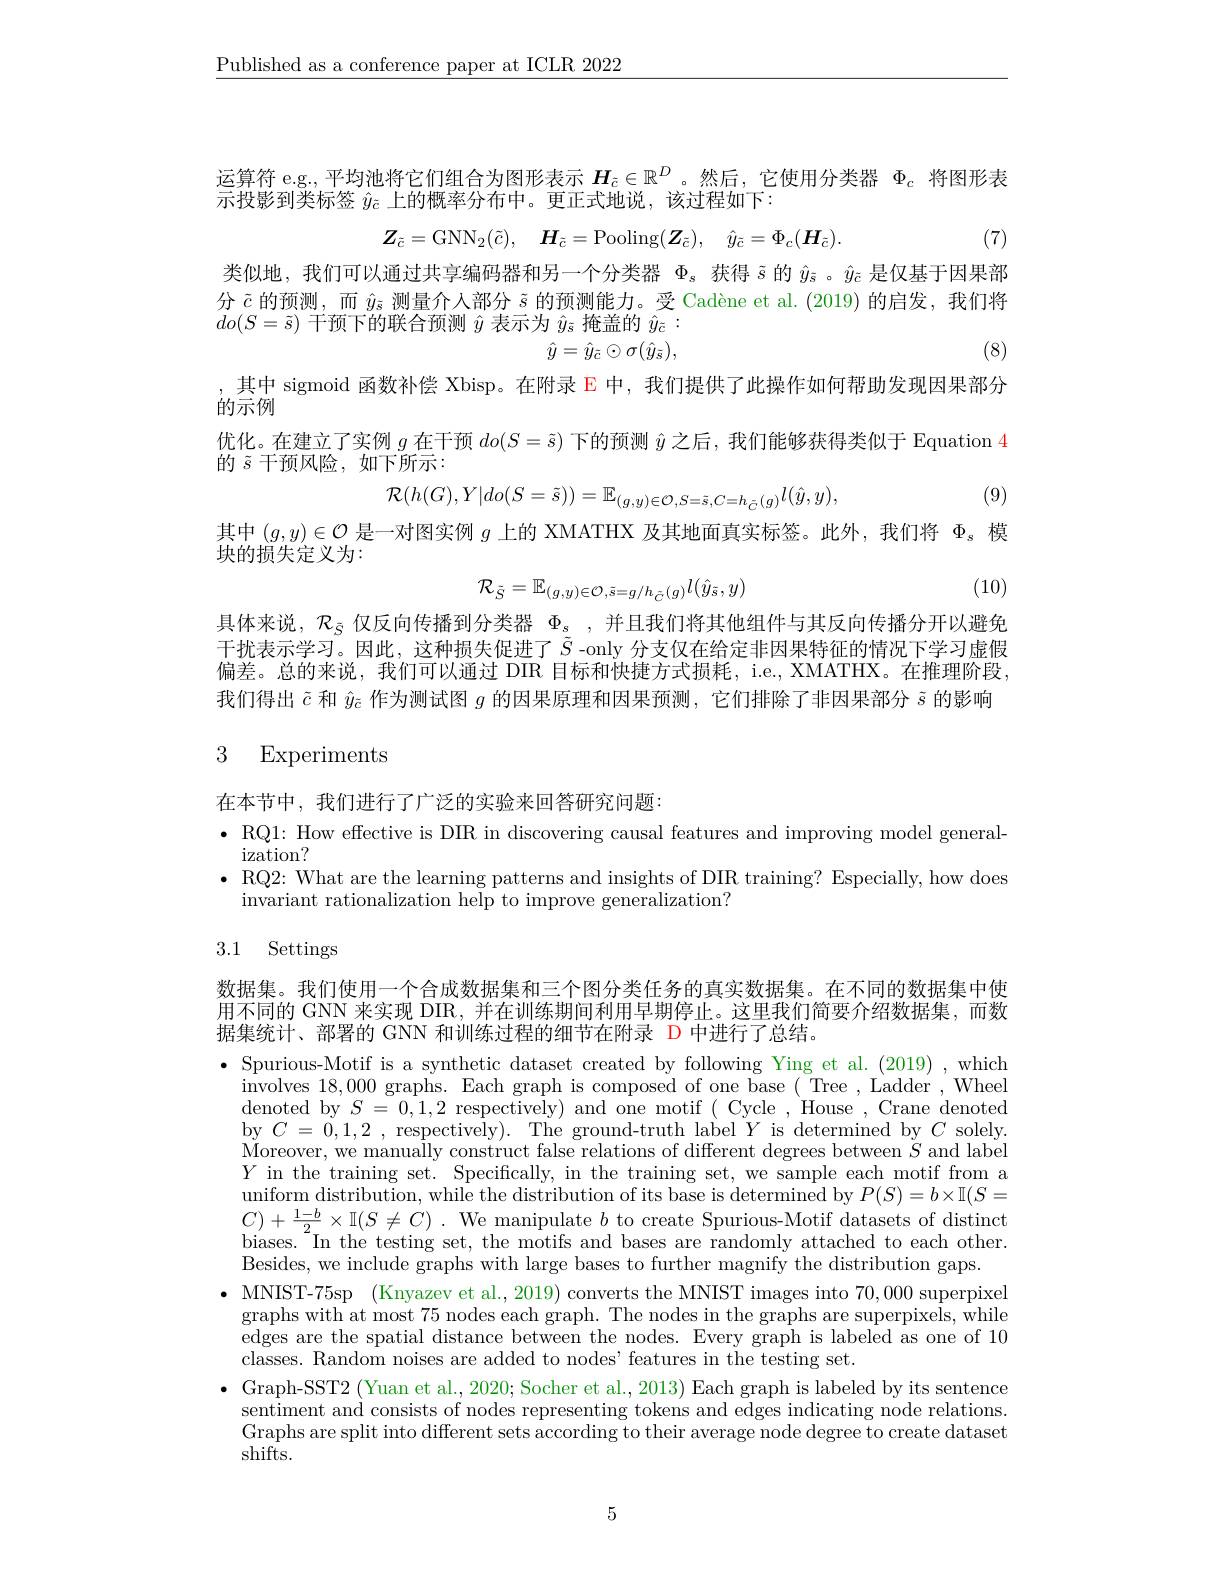
$\underline{\text{Published as a conference paper at ICLR 2022}}$

运算符 e.g., 平均池将它们组合为图形表示$H_{\tilde{c}}\in\mathbb{R}^D$。然后，它使用分类器$\Phi_\mathrm{c}$将图形表
示投影到类标签$\hat{y}_{\tilde{c}}$上的概率分布中。更正式地说，该过程如下：
$$\boldsymbol{Z}_{\tilde{c}}=\mathrm{GNN}_{2}(\tilde{c}),\quad\boldsymbol{H}_{\tilde{c}}=\mathrm{Pooling}(\boldsymbol{Z}_{\tilde{c}}),\quad\hat{y}_{\tilde{c}}=\Phi_{c}(\boldsymbol{H}_{\tilde{c}}).$$
(7)

类似地，我们可以通过共享编码器和另一个分类器$\Phi_\mathrm{s}$获得$\tilde{s}$的$\hat{y}_\mathrm{\tilde{s}}$ 。$\hat{y}_\mathrm{\bar{c}}$是仅基于因果部分$\tilde{c}$的预测，而$\hat{y}_{\bar{s}}$测量介人部分$\tilde{s}$的预测能力。受 Cadène et al.(2019) 的启发，我们将$do(S=\tilde{s})$干预下的联合预测$\hat{y}$表示为$\hat{y}_{\tilde{s}}$掩盖的$\hat{y}_{\tilde{c}}:$
(8)
$\hat{y}=\hat{y}_{\tilde{c}}\odot\sigma(\hat{y}_{\tilde{s}})$,

,其中 sigmoid 函数补偿 Xbisp。在附录 E 中，我们提供了此操作如何帮助发现因果部分
的示例
优化。在建立了实例$g$在干预$do(S=\tilde{s})$下的预测$\hat{y}$之后，我们能够获得类似于 Equation $\color{red}{4}$
的$\tilde{s}$干预风险，如下所示：
$$\mathcal{R}(h(G),Y|do(S=\tilde{s}))=\mathbb{E}_{(g,y)\in\mathcal{O},S=\tilde{s},C=h_{\tilde{C}}(g)}l(\hat{y},y),$$
(9)
其中$(g,y)\in\mathcal{O}$是一对图实例$g$上的 XMATHX 及其地面真实标签。此外，我们将$\Phi_\mathrm{s}$模

块的损失定义为：
$$\mathcal{R}_{\tilde{S}}=\mathbb{E}_{(g,y)\in\mathcal{O},\tilde{s}=g/h_{\tilde{C}}(g)}l(\hat{y}_{\tilde{s}},y)$$
(10)

具体来说，$\mathcal{R}_{\tilde{S}}$仅反向传播到分类器$\Phi _s$ ,并且我们将其他组件与其反向传播分开以避免干扰表示学习。因此，这种损失促进了$\tilde{S}$ -only 分支仅在给定非因果特征的情况下学习虚假偏差。总的来说，我们可以通过 DIR 目标和快捷方式损耗，i.e., XMATHX。在推理阶段我们得出$\tilde{c}$和$\hat{y}_{\bar{c}}$作为测试图$g$的因果原理和因果预测，它们排除了非因果部分$\tilde{s}$的影响

## 3 Experiments

在本节中，我们进行了广泛的实验来回答研究问题：
$\bullet$ RQ1: How effective is DIR in discovering causal features and improving model general-
ization?
$\bullet$ RQ2: What are the learning patterns and insights of DIR training? Especially, how does
invariant rationalization help to improve generalization?

## 3.1 Settings

数据集。我们使用一个合成数据集和三个图分类任务的真实数据集。在不同的数据集中使用不同的 GNN 来实现 DIR, 并在训练期间利用早期停止。这里我们简要介绍数据集，而数据集统计、部署的 GNN 和训练过程的细节在附录 D 中进行了总结。

· Spurious-Motif is a synthetic dataset created by following Ying et al. (2019) , which
involves 18,000 graphs. Each graph is composed of one base ( Tree , Ladder , Wheel $\operatorname*{denoted}$by$S=0,1,2$respectively)and one motif(Cycle,House,Crane denoted by $C= 0, 1, 2$ ,respectively).The ground-truth label $Y$is determined by $C$ solely. Moreover, we manually construct false relations of different degrees between $S$ and label $Y$ in the training set. Specifically, in the training set, we sample each motif from a uniform distribution, while the distribution of its base is determined by $P( S) = b\times \mathbb{I} ( S=$ $C) + \frac {1- b}2\times \mathbb{I} ( S\neq C)$ . We manipulate $b$ to create Spurious-Motif datasets of distinct biases. In the testing set, the motifs and bases are randomly attached to each other. Besides, we include graphs with large bases to further magnify the distribution gaps.
$\bullet$ MNIST-75sp (Knyazev et al., 2019) converts the MNIST images into 70,000 superpixel graphs with at most 75 nodes each graph. The nodes in the graphs are superpixels, while edges are the spatial distance between the nodes. Every graph is labeled as one of 10 $\bar{\text{classes. Random noises are added to nodes'features in the testing set.}}$
$\bullet$ Graph-SST2 (Yuan et al., 2020; Socher et al., 2013) Each graph is labeled by its sentence
sentiment and consists of nodes representing tokens and edges indicating node relations. Graphs are split into different sets according to their average node degree to create dataset shifts.

5